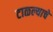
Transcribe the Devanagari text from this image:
टाळल्याचे